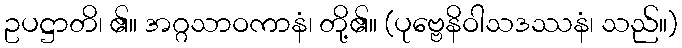
ဥပဋ္ဌာတိ၊ ၏။ အဂ္ဂသာဝကာနံ၊ တို့၏။ (ပုဗ္ဗေနိဝါသဒဿနံ၊ သည်။)